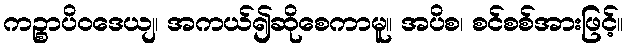
ကဉ္စာပိဝဒေယျ၊ အကယ်၍ဆိုစေကာမူ။ အပိစ၊ စင်စစ်အားဖြင့်။